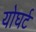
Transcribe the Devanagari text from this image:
योघर्ट